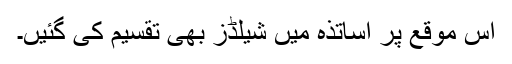
اس موقع پر اساتذہ میں شیلڈز بھی تقسیم کی گئیں۔